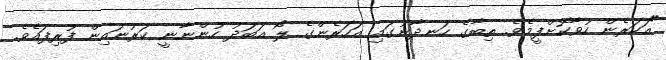
"އަހަރެން ހުވާކޮށްފީމެވެ. ތިބާގެ ހަނދާނުގައި އަހަރެންގެ ލޯ އަބަދު ހުންނާނީ ކަރުނައިން ފުރިފައެވެ.